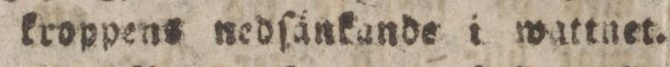
kroppens nedſänkande i wattnet.